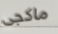
ماكجى